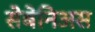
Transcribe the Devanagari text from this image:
सेबेनिअस